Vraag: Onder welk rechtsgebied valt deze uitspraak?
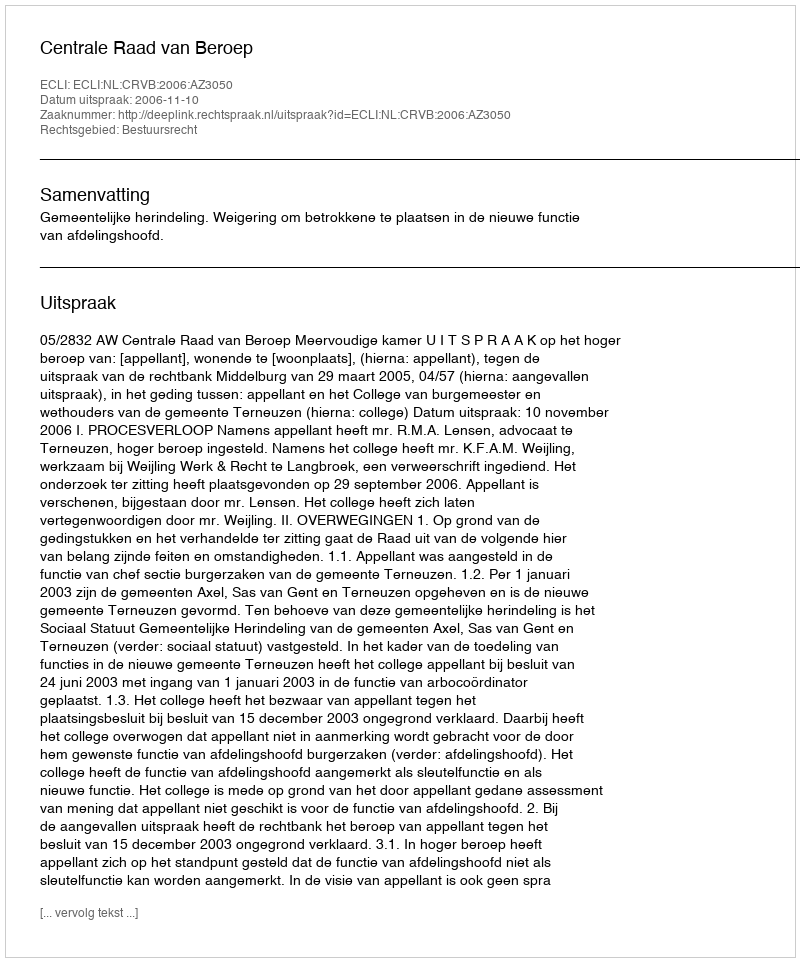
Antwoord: Bestuursrecht